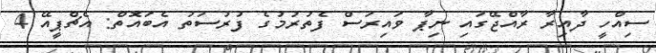
ސިއްހީ ދާއިރާ ރާއްޖޭގައި ނިޕާ ވައިރަސް ފެތުރުމުގެ ފުރުސަތު އެބައޮތް: އެޗްޕީއޭ 4